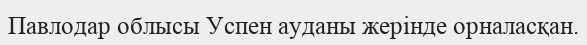
Павлодар облысы Успен ауданы жерінде орналасқан.